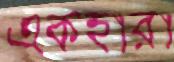
একহারা